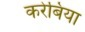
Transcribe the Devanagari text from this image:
करेबिया